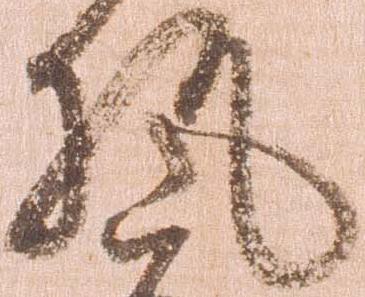
執